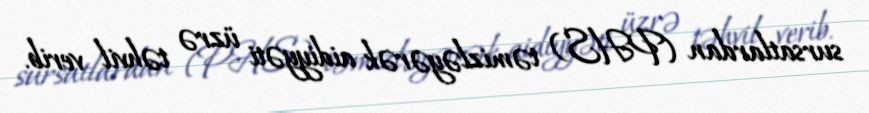
sursatlardan (PHS) təmizləyərək aidiyyəti üzrə təhvil verib.